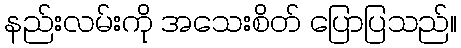
နည်းလမ်းကို အသေးစိတ် ပြောပြသည်။